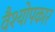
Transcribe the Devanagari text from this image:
वैश्योपकार